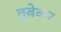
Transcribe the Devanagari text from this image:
ब्रूबेकर